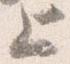
上